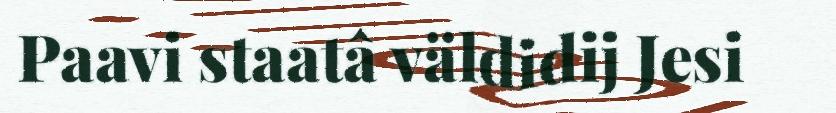
Paavi staatâ väldidij Jesi